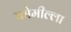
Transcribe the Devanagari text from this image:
कोमील्ला